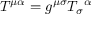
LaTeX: T ^ { \mu \alpha } = g ^ { \mu \sigma } T _ { \sigma } { } ^ { \alpha }